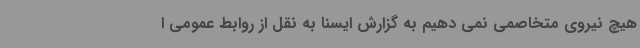
هیچ نیروی متخاصمی نمی دهیم به گزارش ایسنا به نقل از روابط عمومی ا